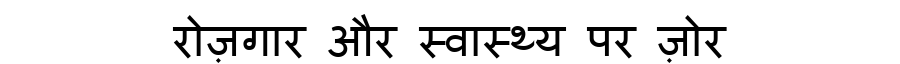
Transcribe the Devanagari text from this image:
रोज़गार और स्वास्थ्य पर ज़ोर